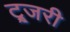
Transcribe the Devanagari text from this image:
ट्र्जरी